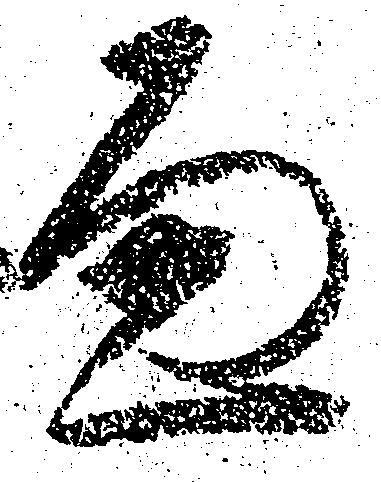
へ